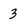
Character: 3